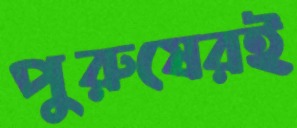
পুরুষেরই